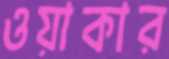
ওয়াকার